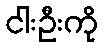
ငါးဦးကို